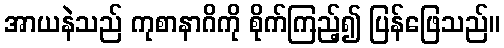
အာယနဲသည် ကုစာနာဂိကို စိုက်ကြည့်၍ ပြန်ဖြေသည်။